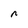
Character: n